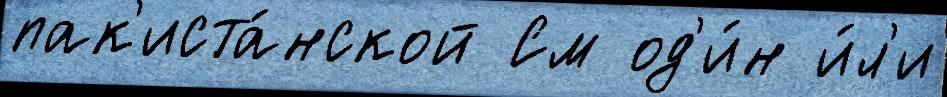
пак'иста́нской См од'и́н и́л'и